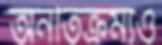
অনতিক্রম্যও